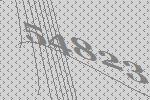
54823